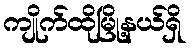
ကျိုက်ထိုမြို့နယ်ရှိ